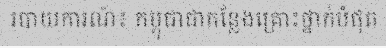
របាយការណ៍៖ កម្ពុជាជាកន្លែងគ្រោះថ្នាក់បំផុត